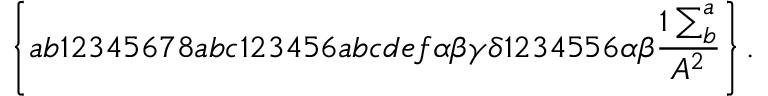
\left\{ a b 1 2 3 4 5 6 7 8 a b c 1 2 3 4 5 6 a b c d e f \alpha \beta \gamma \delta 1 2 3 4 5 5 6 \alpha \beta \frac { 1 \sum _ { b } ^ { a } } { A ^ { 2 } } \right\} .